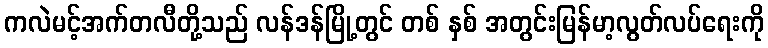
ကလဲမင့်အက်တလီတို့သည် လန်ဒန်မြို့တွင် တစ် နှစ် အတွင်းမြန်မာ့လွတ်လပ်ရေးကို